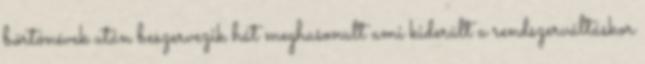
börtönévek után beszervezik hát meghasonult ami kiderült a rendszerváltáskor